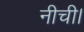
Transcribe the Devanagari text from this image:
नीची।